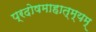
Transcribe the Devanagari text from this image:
प्रदोषमाहात्म्यम्